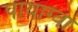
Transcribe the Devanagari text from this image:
पायाग्वा